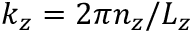
k _ { z } = 2 \pi n _ { z } / L _ { z }